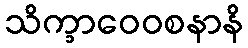
သိက္ခာဝေဝစနာနိ